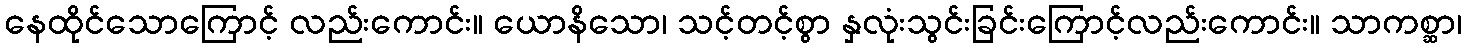
နေထိုင်သောကြောင့် လည်းကောင်း။ ယောနိသော၊ သင့်တင့်စွာ နှလုံးသွင်းခြင်းကြောင့်လည်းကောင်း။ သာကစ္ဆာ၊